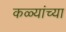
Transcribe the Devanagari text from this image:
कळ्यांच्या